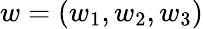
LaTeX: w=(w_{1},w_{2},w_{3})